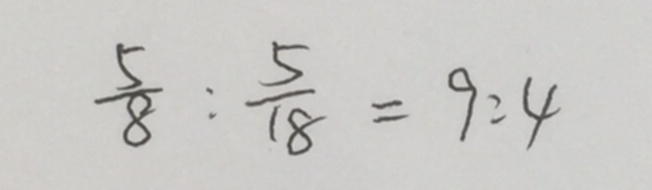
\frac { 5 } { 8 } : \frac { 5 } { 1 8 } = 9 : 4